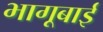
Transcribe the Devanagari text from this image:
भागूबाई